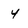
Character: 4